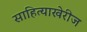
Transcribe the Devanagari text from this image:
साहित्याखेरीज